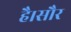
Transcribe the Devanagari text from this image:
है।सौर